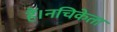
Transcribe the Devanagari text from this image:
हैं।नचिकेता